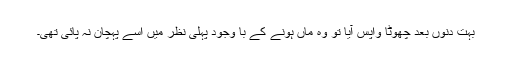
بہت دنوں بعد چھوٹا واپس آیا تو وہ ماں ہونے کے با وجود پہلی نظر میں اسے پہچان نہ پائی تھی۔